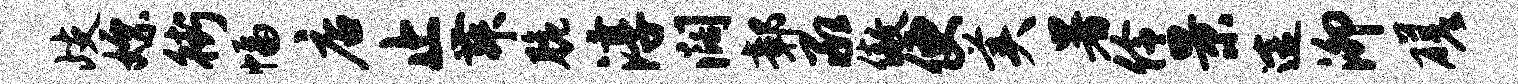
歧嫖街幅店止舞脆淳阔鄣承傲便美暑伶景途泖磋